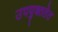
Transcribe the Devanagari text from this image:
उपयुक्ततेत